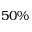
5 0 \%